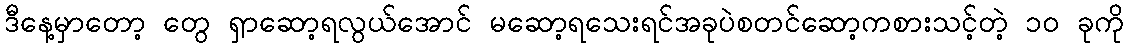
ဒီနေ့မှာတော့ တွေ ရှာဆော့ရလွယ်အောင် မဆော့ရသေးရင်အခုပဲစတင်ဆော့ကစားသင့်တဲ့ ၁၀ ခုကို